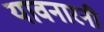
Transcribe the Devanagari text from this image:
यावनारनी